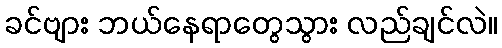
ခင်ဗျား ဘယ်နေရာတွေသွား လည်ချင်လဲ။